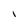
Character: I